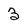
Character: 3